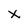
Character: X